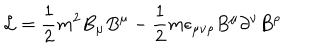
{ \cal L } = \frac { 1 } { 2 } m ^ { 2 } B _ { \mu } B ^ { \mu } - \frac { 1 } { 2 } m \epsilon _ { \mu \nu \rho } B ^ { \mu } \partial ^ { \nu } B ^ { \rho }